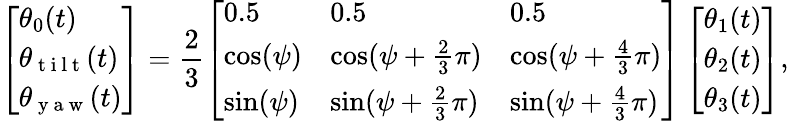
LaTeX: \left[\begin{array}{l}{\theta_{0}(t)}\\ {\theta_{\mathrm{~t~i~l~t~}}(t)}\\ {\theta_{\mathrm{~y~a~w~}}(t)}\end{array}\right]=\frac{2}{3}\left[\begin{array}{lll}{0.5}&{0.5}&{0.5}\\ {\cos(\psi)}&{\cos(\psi+\frac{2}{3}\pi)}&{\cos(\psi+\frac{4}{3}\pi)}\\ {\sin(\psi)}&{\sin(\psi+\frac{2}{3}\pi)}&{\sin(\psi+\frac{4}{3}\pi)}\end{array}\right]\left[\begin{array}{l}{\theta_{1}(t)}\\ {\theta_{2}(t)}\\ {\theta_{3}(t)}\end{array}\right],